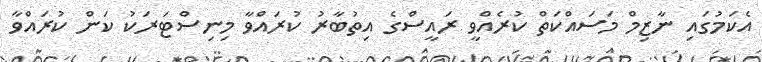
އެކަމުގައި ނާޒިމް މަސައްކަތް ކުރެއްވީ ރައީސްގެ އިތުބާރު ކުރައްވާ މިނިސްޓަރަކު ކަން ކުރައްވާ